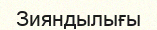
Зияндылығы